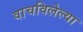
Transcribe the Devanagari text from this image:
वाचविलेल्या